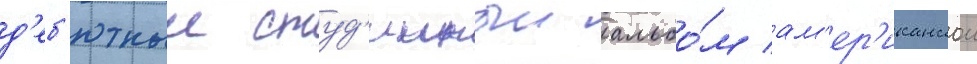
д'еб'ютныи студ'ииныи альбо́м ам'ер'иканскои